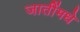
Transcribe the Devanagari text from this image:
जातींमधे